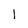
Character: l